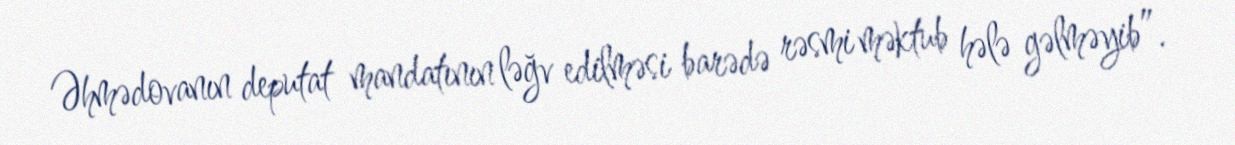
Əhmədovanın deputat mandatının ləğv edilməsi barədə rəsmi məktub hələ gəlməyib”.